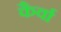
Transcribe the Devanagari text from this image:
कैर्वा